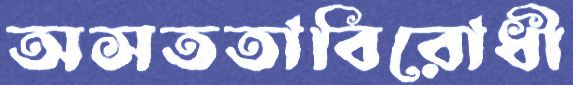
অসততাবিরোধী